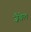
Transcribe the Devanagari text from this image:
ज़ैबेल